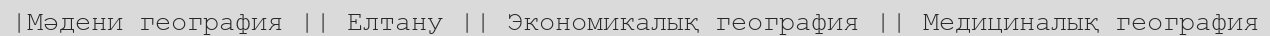
|Мәдени география || Елтану || Экономикалық география || Медициналық география